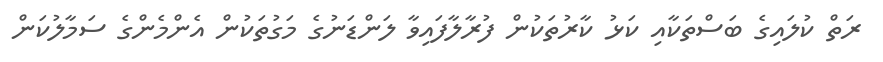
ރަތް ކުލައިގެ ބަސްތަކާއި ކަޅު ކާރުތަކުން ފުރާލާފައިވާ ލަންޑަނުގެ މަގުތަކުން އެންމެންގެ ސަމާލުކަން